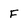
Character: F